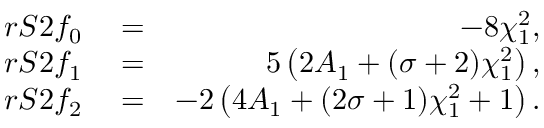
\begin{array} { r l r } { r S 2 f _ { 0 } } & { { } = } & { - 8 \chi _ { 1 } ^ { 2 } , } \\ { r S 2 f _ { 1 } } & { { } = } & { 5 \left( 2 A _ { 1 } + ( \sigma + 2 ) \chi _ { 1 } ^ { 2 } \right) , } \\ { r S 2 f _ { 2 } } & { { } = } & { - 2 \left( 4 A _ { 1 } + ( 2 \sigma + 1 ) \chi _ { 1 } ^ { 2 } + 1 \right) . } \end{array}